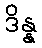
ဒိန္န